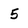
Character: 5